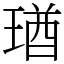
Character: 㻥